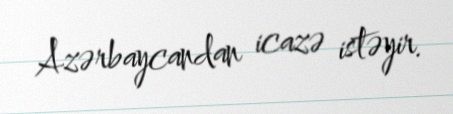
Azərbaycandan icazə istəyir.